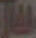
بلال